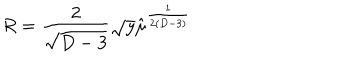
LaTeX: R = { \frac { 2 } { \sqrt { D - 3 } } } \sqrt y \hat { \mu } ^ { \frac { 1 } { 2 ( D - 3 ) } }